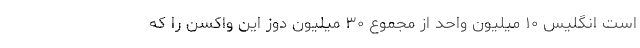
است انگلیس ۱۰ میلیون واحد از مجموع ۳۰ میلیون دوز این واکسن را که